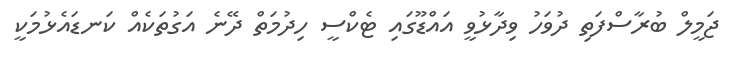
ޖަމީލް ބުރާސްފަތި ދުވަހު ވިދާޅުވީ އައްޑޫގައި ޓެކްސީ ހިދުމަތް ދޭނެ އަގުތަކެއް ކަނޑައެޅުމަކީ